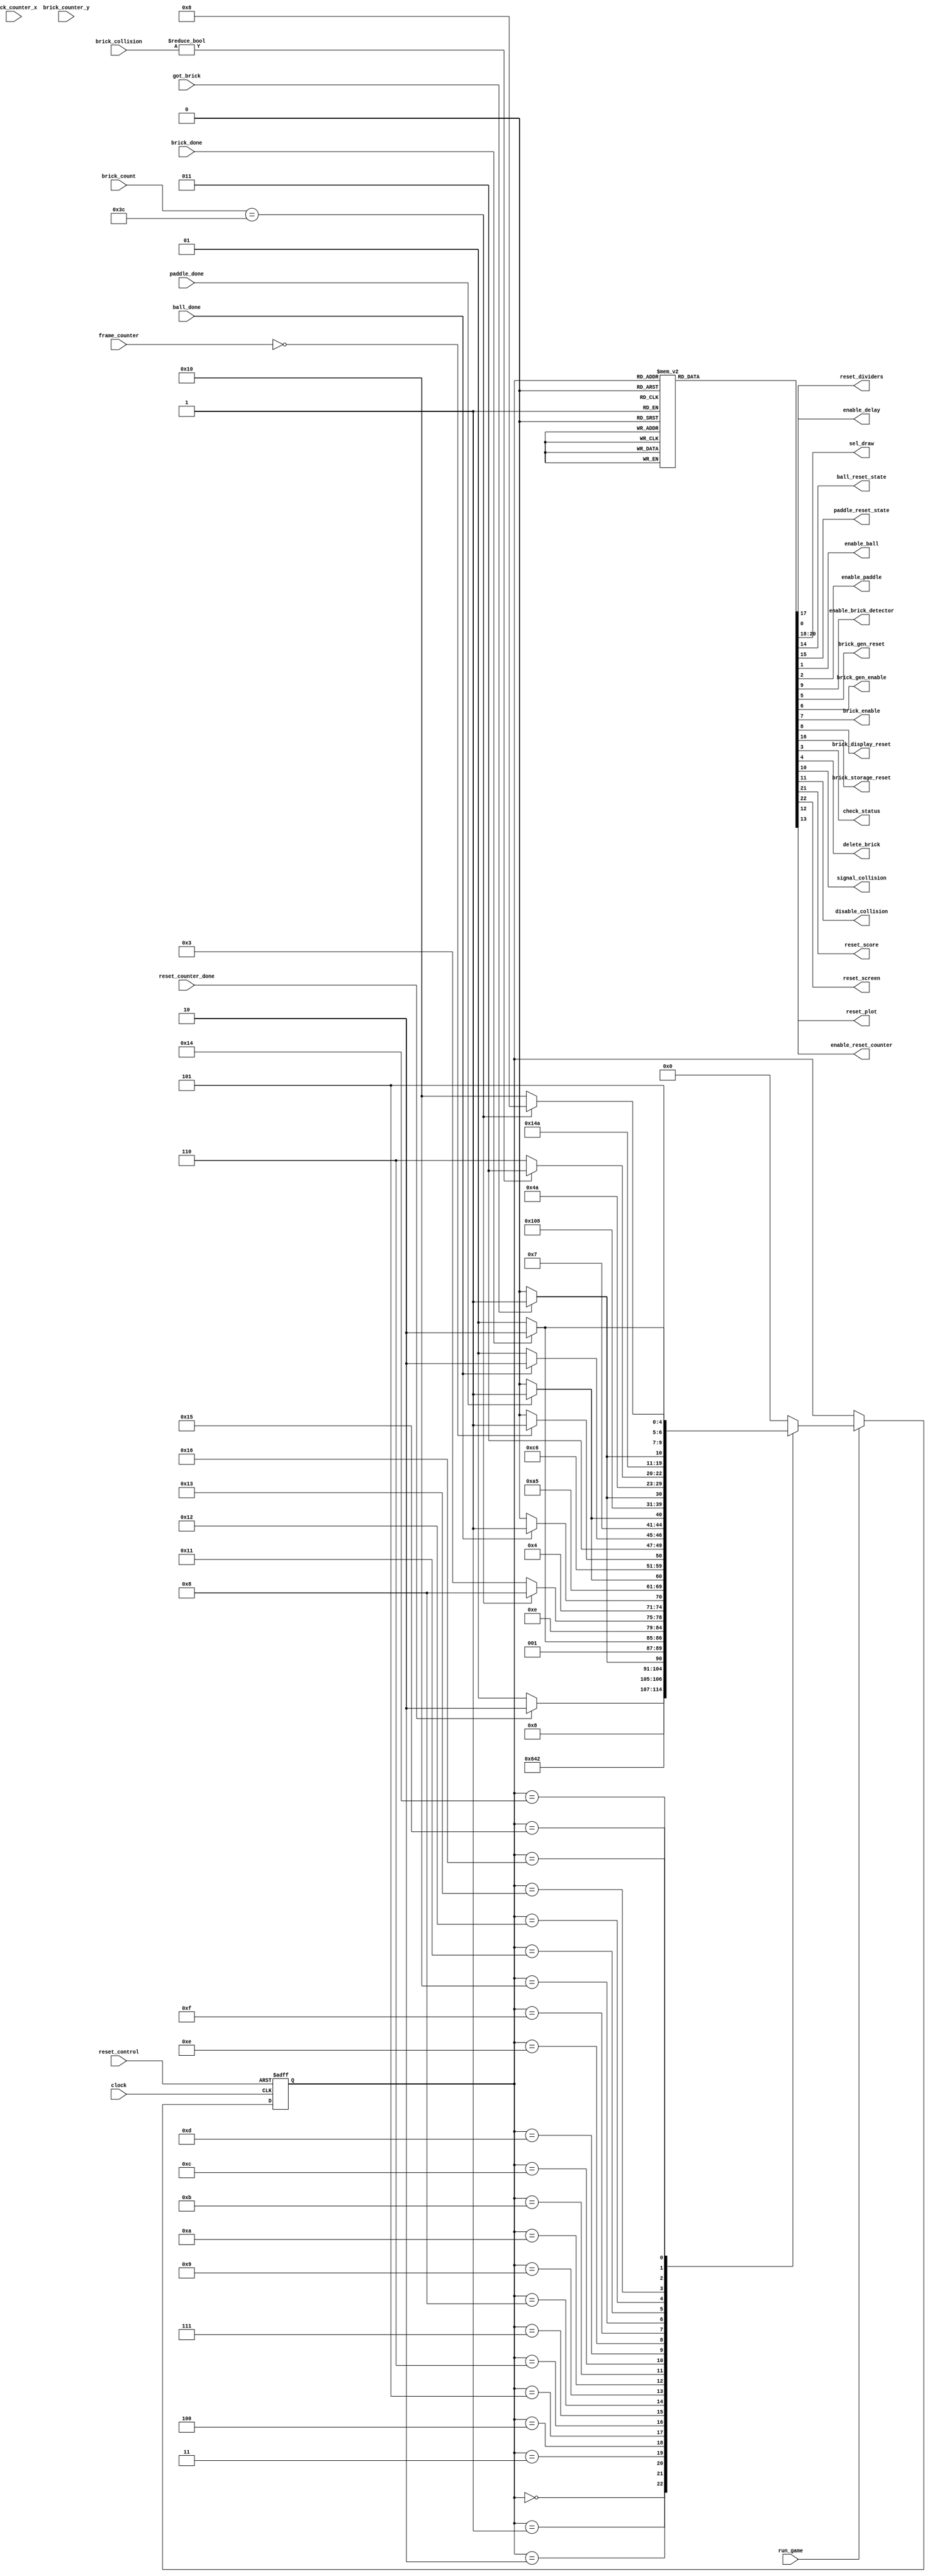
`timescale 1ns / 1ns // `timescale time_unit/time_precision

module sprite_control(
				clock, 
				reset_control, 
				ball_done, 
				paddle_done, 
				reset_dividers, 
				enable_delay,
				frame_counter,
				sel_draw, 
				ball_reset_state, 
				paddle_reset_state, 
				enable_ball, 
				enable_paddle, 
				enable_brick_detector,
				brick_counter_x, 
				brick_counter_y, 
				brick_gen_reset, 
				brick_gen_enable, 
				brick_done, 
				brick_enable, 
				brick_display_reset,
				brick_storage_reset, 
				check_status, 
				brick_count,
				got_brick, 
				brick_collision, 
				delete_brick,
				signal_collision, 
				disable_collision, 
				run_game, 
				reset_score,
				reset_counter_done, 
				reset_screen, 
				enable_reset_counter, 
				reset_plot
				);

	input clock;
	input ball_done; // notifies when the ball is done 
	input paddle_done; // notifies when the paddle is done  
	input reset_control; // resets this fsm        
	input [3:0] frame_counter; // counts the number of frames 
	input got_brick; // signals when the brick from brick storage can be read
	input run_game; // signals when the game can run 
	output reg reset_score; // signal to reset the score 
	
	output reg reset_dividers; // resets the rate dividers
	output reg enable_delay; // enables the rate dividers                       
	output reg [2:0] sel_draw; // selects which sprite to draw
	output reg ball_reset_state; // resets the ball_control in the ball module 
	output reg paddle_reset_state; // resets the paddle_control in paddle module 
	     
	output reg enable_ball; // enables the ball_control to move to next state
	output reg enable_paddle; // enables the paddle_control to move to next state 
	
	/* Brick storage variables */
	input [5:0] brick_count; 
	output reg brick_storage_reset; 
	output reg check_status; 
	output reg delete_brick;
	
	/* Brick counter (wall_beater_top) variables*/
	input [7:0] brick_counter_x;
	input [6:0] brick_counter_y;
	output reg brick_gen_reset;
	output reg brick_gen_enable;
	      
	/* Brick display variables */
	input brick_done;
	output reg brick_enable;
	output reg brick_display_reset;  
	
	/* Collsion detector variables */
	output reg enable_brick_detector;
	output reg signal_collision; 
	output reg disable_collision; 
	input [1:0] brick_collision;
	
	/* RESET SCREEN VARIABLES */
	output reg reset_screen;
	output reg enable_reset_counter;
	output reg reset_plot;
	input reset_counter_done;
	  
	
	localparam 
		RESET_SPRITES = 5'd0, 		// reset the controls for ball and paddle 
		RESET_SCREEN = 5'd1, 		// draw the screen black
		RESET_BRICKS = 5'd2, 		// reset brick storage  
		DISPLAY_RESET = 5'd3, 		// reset brick display 
		GET_BRICK = 5'd4,			// read the brick from brick storage 
		DRAW_BRICK = 5'd5, 			// display the brick on VGA 
		CHANGE_COORD = 5'd6, 		// get another brick 
		CHECK = 5'd7,           	// check if all the bricks have been displayed 
		DRAW_BALL = 5'd8,       	// display the ball on VGA
		DISABLE_COLLISION = 5'd9,   // disable collision detection after ball moves
		DRAW_PADDLE = 5'd10,        // display paddle on VGA 
		LOAD_DIVIDERS = 5'd11,		// loads the rate dividers 
		DELAY = 5'd12,				// delays so that VGA can display the changes
		ERASE_BALL = 5'd13,			// erases ball from VGA, to show movement
		ERASE_PADDLE = 5'd14,		// erases paddle from VGA, to show movement
		RESET_COUNTER = 5'd15,		
		GET_BRICK_2 = 5'd16,        // gets brick from brick storage to check for collision 
		ENABLE_COLLISION = 5'd17,	// enables the collision detector 
		COLLISION_DETECT = 5'd18, 	// detects if a collision was made by brick (paddle collision is combinational)
		ERASE_BRICK_RESET = 5'd19,  // get ready to erase brick if hit
		DELETE_BRICK = 5'd20,		// "delete" the brick from storage 
		ERASE_BRICK = 5'd21,        // erase the brick from VGA if it has been hit by the ball 
		ENABLE_COUNTER = 5'd22;     // enable the counter that counts the number of bricks that 
									// have been tested for cllision
		
		
	reg [4:0] current_state, next_state;
	
	always@(*)
	begin : state_table
		case (current_state)
			RESET_SPRITES: next_state = RESET_SCREEN;
			RESET_SCREEN: next_state = (reset_counter_done) ?  RESET_BRICKS : RESET_SCREEN;
			RESET_BRICKS: next_state = DISPLAY_RESET;
			DISPLAY_RESET: next_state = GET_BRICK;
			GET_BRICK: next_state = (got_brick == 1'b1) ? DRAW_BRICK : GET_BRICK; 
			DRAW_BRICK: next_state = (brick_done) ? CHANGE_COORD : DRAW_BRICK;
			CHANGE_COORD: next_state = CHECK;
			CHECK: next_state = (brick_count == 6'd60) ? DRAW_BALL : DISPLAY_RESET;
			DRAW_BALL: next_state = (ball_done) ? DISABLE_COLLISION : DRAW_BALL;
			DISABLE_COLLISION: next_state = DRAW_PADDLE; 
			DRAW_PADDLE: next_state = (paddle_done) ? LOAD_DIVIDERS : DRAW_PADDLE;
			LOAD_DIVIDERS: next_state = DELAY;
			DELAY: next_state = (frame_counter == 4'd0) ? ERASE_BALL : DELAY;  
			ERASE_BALL: next_state = (ball_done) ? ERASE_PADDLE : ERASE_BALL;
			ERASE_PADDLE: next_state = (paddle_done) ? RESET_COUNTER : ERASE_PADDLE;
			RESET_COUNTER: next_state = GET_BRICK_2;
			GET_BRICK_2: next_state = (got_brick == 1'b1) ? ENABLE_COLLISION : GET_BRICK_2;
			ENABLE_COLLISION: next_state = COLLISION_DETECT;
			COLLISION_DETECT: next_state = (brick_collision != 2'd0) ? ERASE_BRICK_RESET : ENABLE_COUNTER;
			ERASE_BRICK_RESET: next_state = DELETE_BRICK;
			DELETE_BRICK: next_state = (got_brick == 1'b1) ? ERASE_BRICK : DELETE_BRICK; 
			ERASE_BRICK: next_state = (brick_done == 1'b1) ? ENABLE_COUNTER : ERASE_BRICK;
			ENABLE_COUNTER: next_state = (brick_count == 6'd60) ? DRAW_BALL : GET_BRICK_2;
		default: next_state = RESET_SPRITES;
		endcase
	end 
	
	always @ (*)
		begin: enable_signals
			ball_reset_state = 1;
			paddle_reset_state = 1;
			brick_storage_reset = 1; 
			enable_ball = 0;
			enable_paddle = 0;
			reset_dividers = 1;
			enable_delay = 0;
			check_status = 0; 
			brick_gen_reset = 1;
            brick_gen_enable = 0;	
   			brick_enable = 0;
   			brick_display_reset = 1;
   			enable_brick_detector = 0;   
   			delete_brick = 0;
			signal_collision = 0; 
			disable_collision = 0;
			reset_score = 1;
			reset_screen = 1;
			reset_plot = 0;
			enable_reset_counter = 0; 
			sel_draw = 3'd2;
			
			case (current_state)
				RESET_SPRITES: begin
					ball_reset_state = 0;
					paddle_reset_state = 0;
					brick_storage_reset = 0;      
					reset_dividers = 0;
					sel_draw = 3'd2;
					reset_score = 0;
					reset_screen = 0;
				end 
				RESET_SCREEN: begin
					enable_reset_counter = 1;
					reset_plot = 1;
					sel_draw = 3'd2;
				end    
				RESET_BRICKS: begin
					brick_gen_reset = 0;
					sel_draw = 3'd3;
				end 
				DISPLAY_RESET: begin
					brick_display_reset = 0;
					sel_draw = 3'd3;
				end 
				GET_BRICK: begin									
					check_status = 1; 
				end
				DRAW_BRICK: begin
					brick_enable = 1; 
					sel_draw = 3'd3;
				end 
				CHANGE_COORD: begin
					brick_gen_enable = 1;
				end   
				CHECK: begin
				end 
				DRAW_BALL: begin
					enable_ball = 1;
					sel_draw = 3'd0;
				end 
				DISABLE_COLLISION : begin
					disable_collision = 1; 
					signal_collision = 1;
				end 
				DRAW_PADDLE: begin 
					enable_paddle = 1;
					sel_draw = 3'd1;
				end 
				LOAD_DIVIDERS: begin
					reset_dividers = 0;
				end 
				DELAY: begin
					enable_delay = 1;
				end 
				ERASE_BALL: begin
					enable_ball = 1; 
					sel_draw = 3'd0;
				end 
				ERASE_PADDLE: begin
				   enable_paddle = 1;
					sel_draw = 3'd1;
				end
				RESET_COUNTER: begin
					brick_gen_reset = 0;
					sel_draw = 3'd3; 
				end
				GET_BRICK_2: begin
					check_status = 1;
				end 
				ENABLE_COLLISION: begin
					enable_brick_detector = 1;
				end 
				COLLISION_DETECT: begin
					signal_collision = 1; 
				end 
				ERASE_BRICK_RESET: begin
					brick_display_reset = 0;
					sel_draw = 3'd3;
				end
				DELETE_BRICK: begin 
					delete_brick = 1;
					check_status = 1;
				end
				ERASE_BRICK: begin
					brick_enable = 1;
					sel_draw = 3'd3;
				end
				ENABLE_COUNTER: begin
					brick_gen_enable = 1;
				end  	
			endcase 
		end
		
	// Current state registers
	always @ (posedge clock, negedge reset_control)
	begin: state_FFs
		if (!reset_control)
			current_state <= RESET_SPRITES;
		else if (run_game)
			current_state <= next_state;
	end
	
	
	
	
endmodule